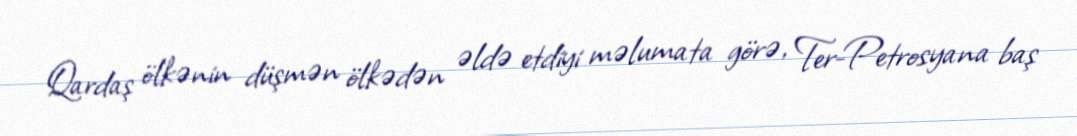
Qardaş ölkənin düşmən ölkədən əldə etdiyi məlumata görə, Ter-Petrosyana baş